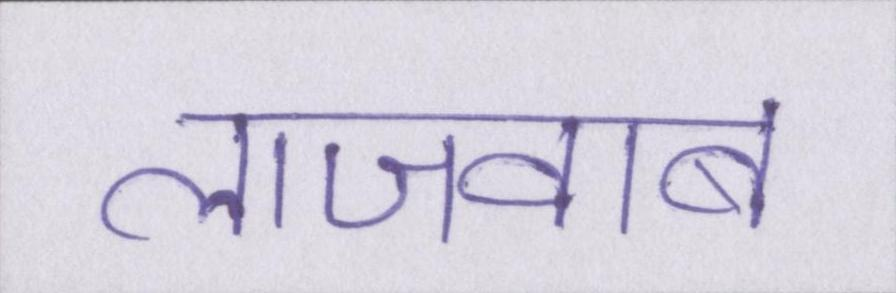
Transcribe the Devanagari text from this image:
लाजवाब